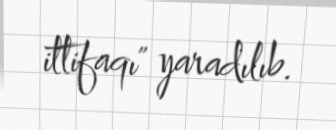
ittifaqı" yaradılıb.